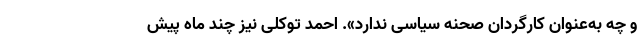
و چه به‌عنوان کارگردان صحنه سیاسی ندارد». احمد توکلی نیز چند ماه پیش